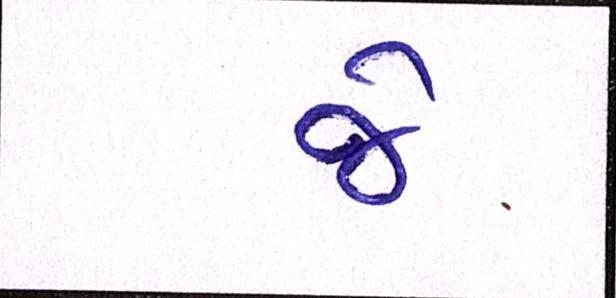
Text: જે